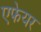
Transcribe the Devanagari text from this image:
एफेयर